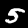
Digit: 5